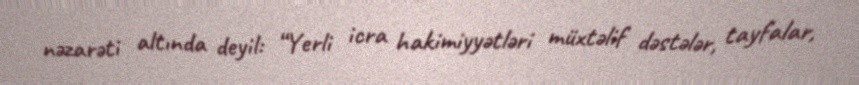
nəzarəti altında deyil: “Yerli icra hakimiyyətləri müxtəlif dəstələr, tayfalar,